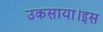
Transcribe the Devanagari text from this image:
उकसाया।इस